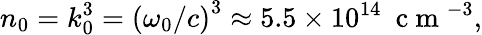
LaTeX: n_{0}=k_{0}^{3}=\left(\omega_{0}/c\right)^{3}\approx 5.5\times 10^{14}~\mathrm{~c~m~}^{-3},